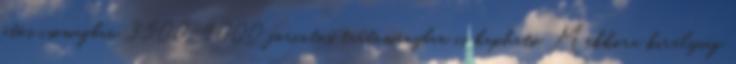
ötös csomagban 3500-4000 forintos tartományban is kapható. Mekkora királyság